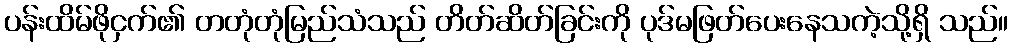
ပန်းထိမ်ဖိုငှက်၏ တတုံတုံမြည်သံသည် တိတ်ဆိတ်ခြင်းကို ပုဒ်မဖြတ်ပေးနေသကဲ့သို့ရှိ သည်။